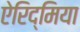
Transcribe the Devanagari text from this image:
ऐरिद्मिया